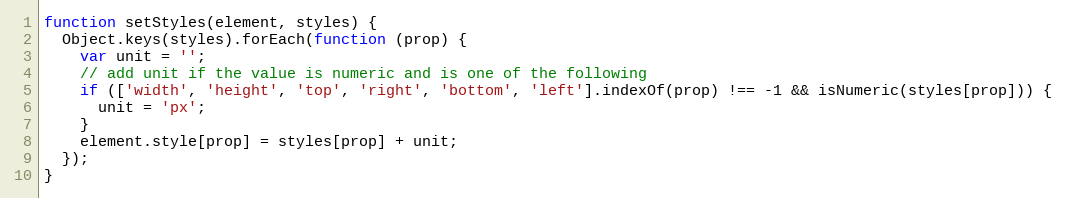
Language: JavaScript
function setStyles(element, styles) {
  Object.keys(styles).forEach(function (prop) {
    var unit = '';
    // add unit if the value is numeric and is one of the following
    if (['width', 'height', 'top', 'right', 'bottom', 'left'].indexOf(prop) !== -1 && isNumeric(styles[prop])) {
      unit = 'px';
    }
    element.style[prop] = styles[prop] + unit;
  });
}